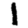
Digit: 1